Problem: 9 × 7 = ?
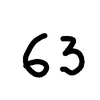
Handwritten answer: 63